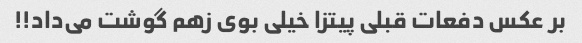
بر عکس دفعات قبلی پیتزا خیلی بوی زهم گوشت می‌داد!!